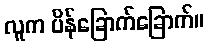
လူက ပိန်ခြောက်ခြောက်။